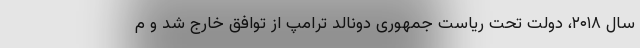
سال ۲۰۱۸، دولت تحت ریاست جمهوری دونالد ترامپ از توافق خارج شد و م